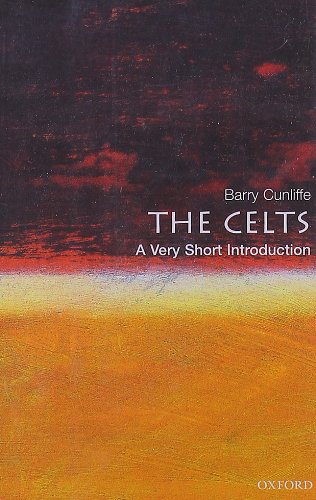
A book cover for The Celts: A Very Short Introduction; Barry Cunliffe; Religion & Spirituality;